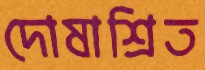
দোষাশ্রিত